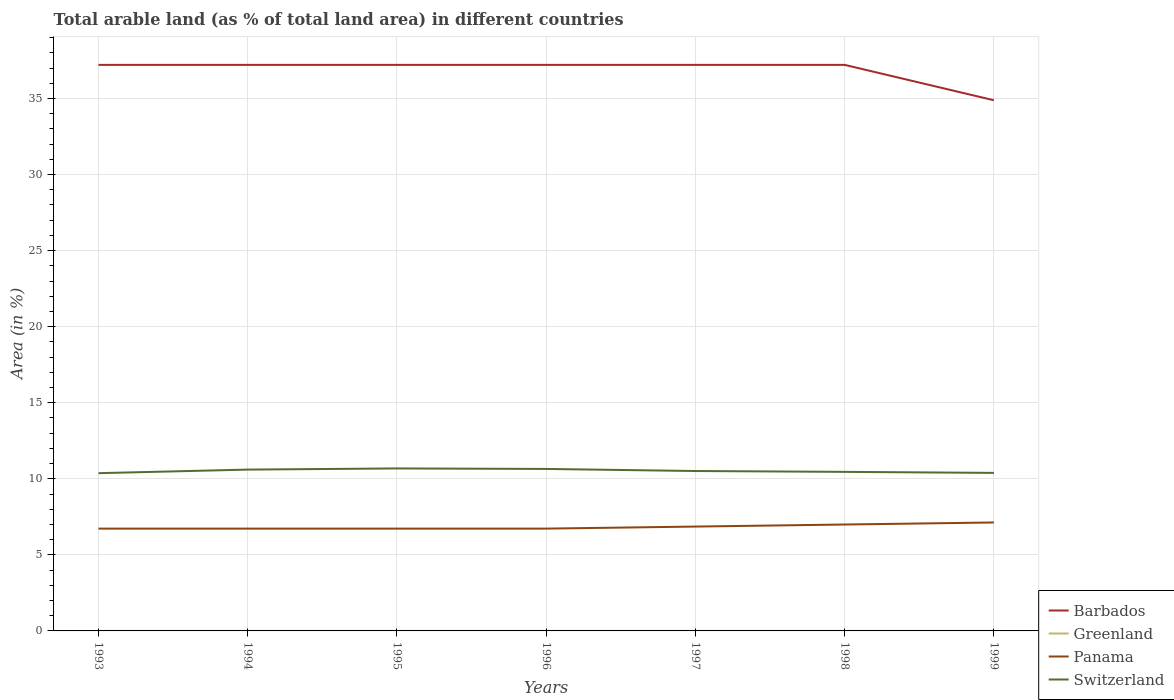
| Years | Barbados | Greenland | Panama | Switzerland |
 | --- | --- | --- | --- | --- |
 | 1993 | 37.2 | 0.00176 | 6.73 | 10.4 |
 | 1994 | 37.2 | 0.00176 | 6.73 | 10.6 |
 | 1995 | 37.2 | 0.00176 | 6.73 | 10.7 |
 | 1996 | 37.2 | 0.00205 | 6.73 | 10.6 |
 | 1997 | 37.2 | 0.00171 | 6.86 | 10.5 |
 | 1998 | 37.2 | 0.00171 | 6.99 | 10.5 |
 | 1999 | 34.9 | 0.00171 | 7.13 | 10.4 |